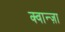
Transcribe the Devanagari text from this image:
क्वान्ज़ा